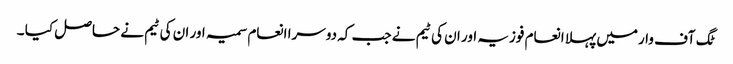
ٹگ آف وارمیں پہلا انعام فوزیہ اور ان کی ٹیم نے جب کہ دوسرا انعام سمیہ اور ان کی ٹیم نے حاصل کیا ۔